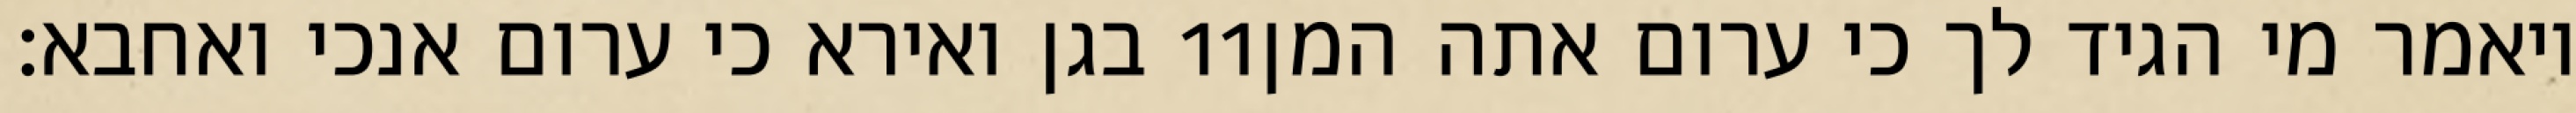
בגן ואירא כי ערום אנכי ואחבא׃ ‎11‏ ויאמר מי הגיד לך כי ערום אתה המן